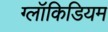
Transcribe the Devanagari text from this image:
ग्लॉकिडियम